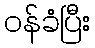
ဝန်ခံပြီး